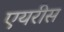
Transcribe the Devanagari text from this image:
एयरीस